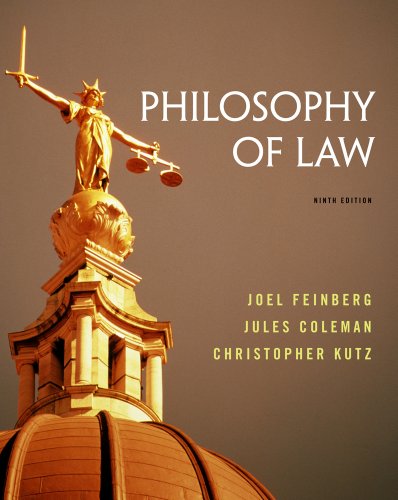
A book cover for Philosophy of Law; Joel Feinberg; Law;